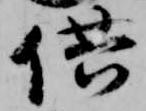
供